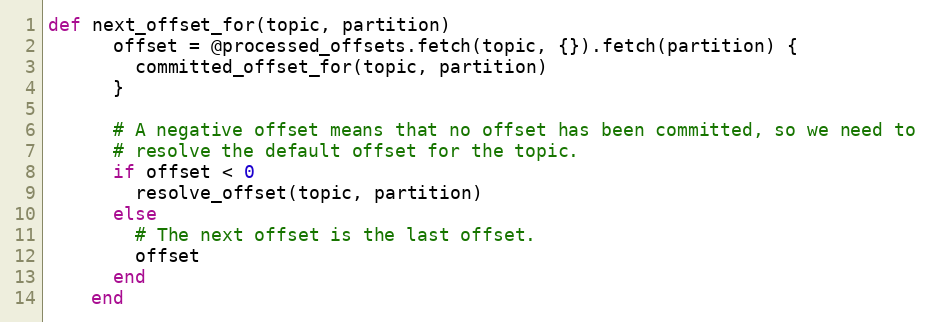
Language: Ruby
def next_offset_for(topic, partition)
      offset = @processed_offsets.fetch(topic, {}).fetch(partition) {
        committed_offset_for(topic, partition)
      }

      # A negative offset means that no offset has been committed, so we need to
      # resolve the default offset for the topic.
      if offset < 0
        resolve_offset(topic, partition)
      else
        # The next offset is the last offset.
        offset
      end
    end